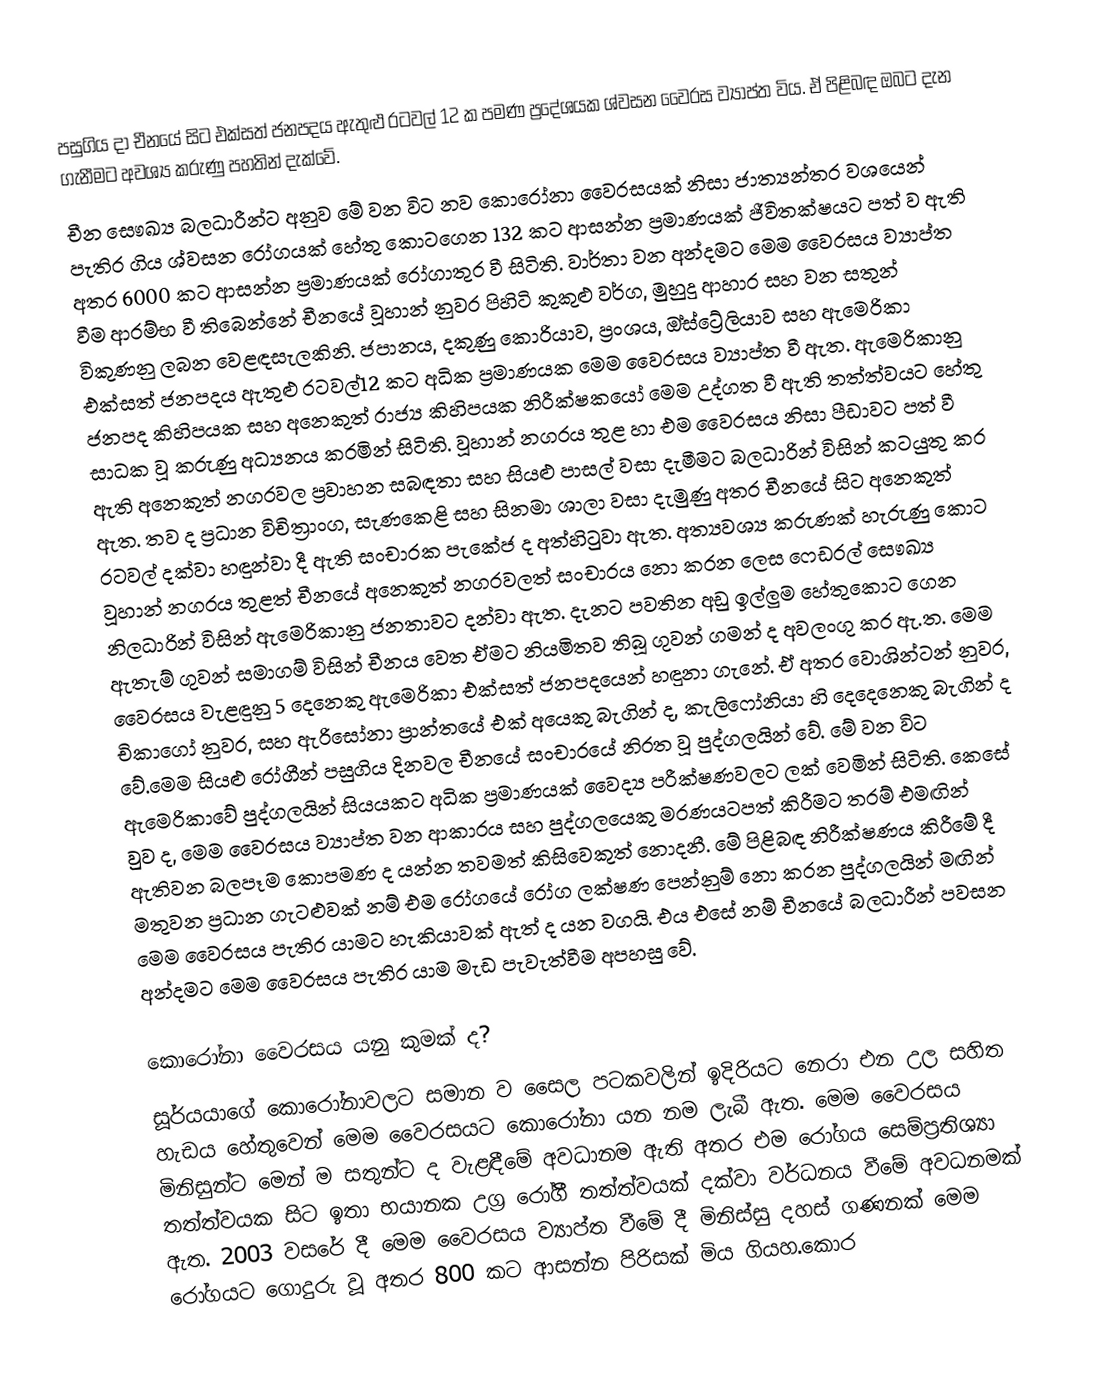
පසුගිය දා චීනයේ සිට එක්සත් ජනපදය ඇතුළු රටවල් 12 ක පමණ ප්‍රදේශයක ශ්වසන වෛරස ව්‍යාප්ත විය. ඒ පිළිබඳ ඔබට දැන ගැනීමට අවශ්‍ය කරුණු පහතින් දැක්වේ.
චීන සෞඛ්‍ය බලධාරීන්ට අනුව මේ වන විට නව කොරෝනා වෛරසයක් නිසා ජාත්‍යන්තර වශයෙන් පැතිර ගිය ශ්වසන රෝගයක් හේතු කොටගෙන 132 කට ආසන්න ප්‍රමාණයක් ජීවිතක්ෂයට පත් ව ඇති අතර 6000 කට ආසන්න ප්‍රමාණයක් රෝගාතුර වී සිටිති. වාර්තා වන අන්දමට මෙම වෛරසය ව්‍යාප්ත වීම ආරම්භ වී තිබෙන්නේ චීනයේ වූහාන් නුවර පිහිටි කුකුළු වර්ග, මුහුදු ආහාර සහ වන සතුන් විකුණනු ලබන වෙළඳසැලකිනි. ජපානය, දකුණු කොරියාව, ප්‍රංශය, ඔ්ස්ට්‍රේලියාව  සහ ඇමෙරිකා එක්සත් ජනපදය ඇතුළු රටවල්12 කට අධික ප්‍රමාණයක මෙම වෛරසය ව්‍යාප්ත වී ඇත. ඇමෙරිකානු ජනපද කිහිපයක සහ අනෙකුත් රාජ්‍ය කිහිපයක නිරීක්ෂකයෝ මෙම උද්ගත වී ඇති තත්ත්වයට හේතු සාධක වූ කරුණු අධ්‍යනය කරමින් සිටිති. වූහාන් නගරය තුළ හා එම වෛරසය නිසා පීඩාවට පත් වී ඇති අනෙකුත් නගරවල ප්‍රවාහන සබඳතා සහ සියළු පාසල් වසා දැමීමට බලධාරින් විසින් කටයුතු කර ඇත. තව ද ප්‍රධාන විචිත්‍රාංග, සැණකෙළි සහ සිනමා ශාලා වසා දැමුණු අතර චීනයේ සිට අනෙකුත් රටවල් දක්වා හඳුන්වා දී ඇති සංචාරක පැකේජ ද අත්හිටුවා ඇත. අත්‍යවශ්‍ය කරුණක් හැරුණු කොට වූහාන් නගරය තුළත් චීනයේ අනෙකුත් නගරවලත් සංචාරය නො කරන ලෙස ‌ෆෙඩරල් සෞඛ්‍ය නිලධාරින් විසින් ඇමෙරිකානු ජනතාවට දන්වා ඇත. දැනට පවතින අඩු ඉල්ලුම හේතුකොට ගෙන ඇතැම් ගුවන් සමාගම් විසින් චීනය වෙත ඒමට නියමිතව තිබූ ගුවන් ගමන් ද අවලංගු කර ඇ.ත. මෙම වෛරසය වැළඳුනු 5 දෙනෙකු ඇමෙරිකා එක්සත් ජනපදයෙන් හඳුනා ගැනේ. ඒ අතර වොශින්ටන් නුවර, චිකාගෝ නුවර, සහ ඇරිසෝනා ප්‍රාන්තයේ එක් අයෙකු බැගින් ද, කැලිෆෝනියා හි දෙදෙනෙකු බැගින් ද වේ.මෙම  සියළු රෝගීන් පසුගිය දිනවල චීනයේ සංචාරයේ නිරත වූ පුද්ගලයින්‌ වේ. මේ වන විට ඇමෙරිකාවේ පුද්ගලයින් සියයකට අධික ප්‍රමාණයක් වෛද්‍ය පරීක්ෂණවලට ලක් වෙමින් සිටිති. කෙසේ වුව ද, මෙම වෛරසය ව්‍යාප්ත වන ආකාරය සහ පුද්ගලයෙකු මරණයටපත් කිරීමට තරම් එමඟින් ඇතිවන බලපෑම කොපමණ ද යන්න තවමත් කිසිවෙකුත් නොදනී. මේ පිළිබඳ නිරීක්ෂණය කිරීමේ දී මතුවන ප්‍රධාන ගැටළුවක් නම් එම රෝගයේ රෝග ලක්ෂණ පෙන්නුම් නො කරන පුද්ගලයින් මඟින් මෙම වෛරසය පැතිර යාමට හැකියාවක් ඇත් ද යන වගයි.  එය එසේ නම් චීනයේ බලධාරීන් පවසන අන්දමට මෙම වෛරසය පැතිර යාම මැඩ පැවැත්වීම අපහසු වේ.

කොරෝනා වෛරසය යනු කුමක් ද?
සූර්යයාගේ කොරෝනාවලට සමාන ව සෛල පටකවලින් ඉදිරියට නෙරා එන උල සහිත හැඩය හේතුවෙන් මෙම වෛරසයට කොරෝනා යන නම ලැබී ඇත. මෙම වෛරසය මිනිසුන්ට මෙන් ම සතුන්ට ද වැළඳීමේ අවධානම ඇති අතර එම රෝගය  සෙම්ප්‍රතිශ්‍යා තත්ත්වයක සිට ඉතා භයානක උග්‍ර රෝගී තත්ත්වයක් දක්වා වර්ධනය වීමේ අවධනමක් ඇත. 2003 වසරේ දී මෙම වෛරසය ව්‍යාප්ත වීමේ දී මිනිස්සු දහස් ගණනක් මෙම රෝගයට ගොදුරු වූ අතර 800 ක‌ට ආසන්න පිරිසක් මිය ගියහ.කොර